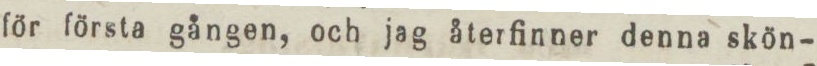
för första gången, och jag återfinner denna skön-